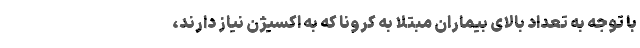
با توجه به تعداد بالای بیماران مبتلا به کرونا که به اکسیژن نیاز دارند،